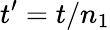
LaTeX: t^{\prime}=t/n_{1}